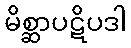
မိစ္ဆာပဋိပဒါ